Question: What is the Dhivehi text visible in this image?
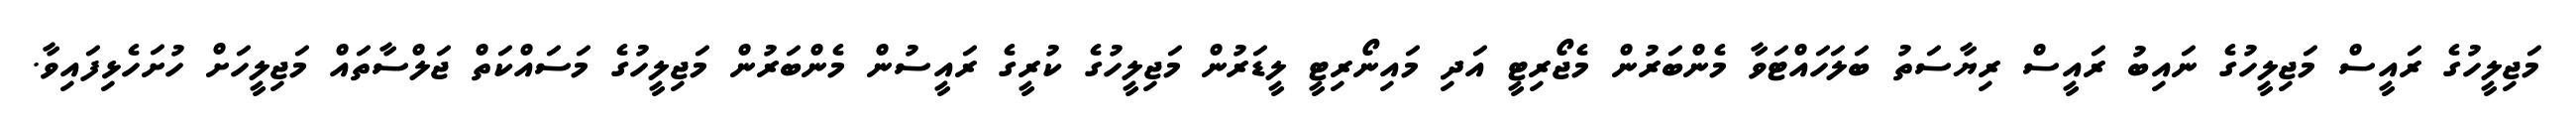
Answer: މަޖިލީހުގެ ރައީސް މަޖިލީހުގެ ނައިބު ރައީސް ރިޔާސަތު ބަލަހައްޓަވާ މެންބަރުން މެޖޯރިޓީ އަދި މައިނޯރިޓީ ލީޑަރުން މަޖިލީހުގެ ކުރީގެ ރައީސުން މެންބަރުން މަޖިލީހުގެ މަސައްކަތް ޖަލްސާތައް މަޖިލީހަށް ހުށަހެޅިފައިވާ.